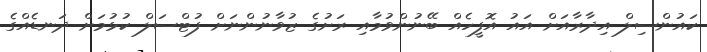
ކައުންސިލް އިދާރާއަށް އައު އޮފީހެއް ބޭނުންވުމާއި ރަށުގެ ޒުވާނުންނަށް ފުޓްސަލް ކުޅުމަށް ދަނޑެއްގެ